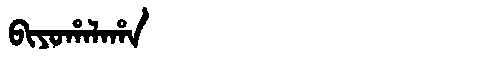
Manchu: ᠪᡳᠶᠣᡥᠠᠯᠠᡥᠠ
Romanization: BIYOHALAHA